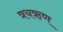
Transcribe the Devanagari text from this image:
त्रयऋण